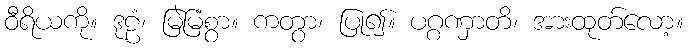
ဝီရိယကို။ ဒုဠံ၊ မြဲမြံစွာ။ ကတွာ၊ ပြု၍။ ပဂ္ဂဏှာတိ၊ အားထုတ်လော့။